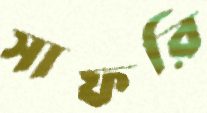
সাফরি